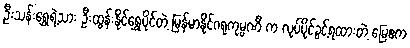
ဦးသန်းရွှေရဲ့သား ဦးထွန်းနိုင်ရွှေပိုင်တဲ့ မြန်မာနိုင်ဂရုကုမ္ပဏီ က လုပ်ပိုင်ခွင့်ရထားတဲ့ မြေဧက